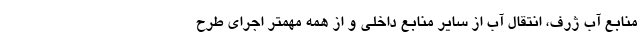
منابع آب ژرف، انتقال آب از سایر منابع داخلی و از همه مهمتر اجرای طرح